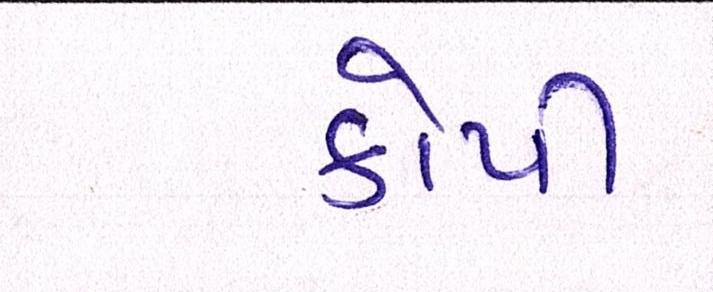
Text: કોપી